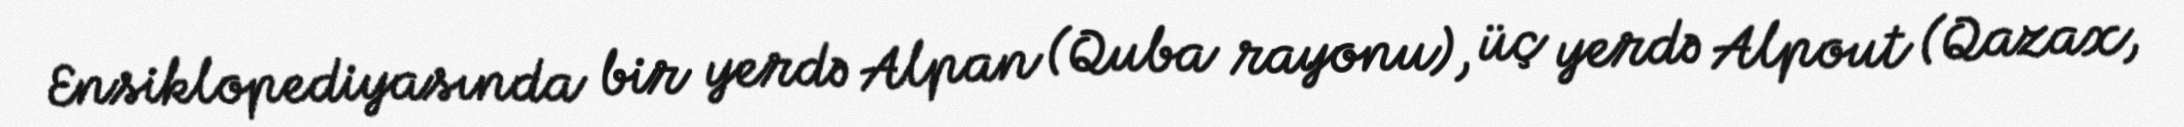
Ensiklopediyasında bir yerdə Alpan (Quba rayonu), üç yerdə Alpout (Qazax,